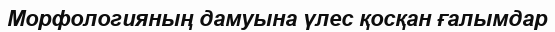
Морфологияның дамуына үлес қосқан ғалымдар